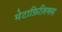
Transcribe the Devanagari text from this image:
मेटाफ़िज़िक्स